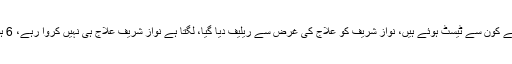
انہیں کہا ہے کہ تحریری طور پر بتائیں کہ لندن میں نواز شریف کے کون سے ٹیسٹ ہوئے ہیں، نواز شریف کو علاج کی غرض سے ریلیف دیا گیا، لگتا ہے نواز شریف علاج ہی نہیں کروا رہے، 6 ہفتے میں نواز شریف کا علاج نہیں ہوا تو بتایا جائے کیوں نہیں ہوا؟